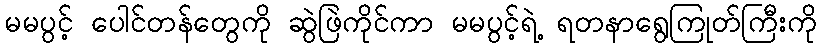
မမပွင့် ပေါင်တန်တွေကို ဆွဲဖြဲကိုင်ကာ မမပွင့်ရဲ့ ရတနာရွေကြုတ်ကြီးကို